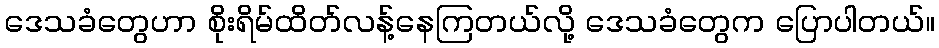
ဒေသခံတွေဟာ စိုးရိမ်ထိတ်လန့်နေကြတယ်လို့ ဒေသခံတွေက ပြောပါတယ်။